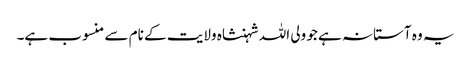
یہ وہ آستانہ ہے جو ولی اللہ شہنشاہ ولایت کے نام سے منسوب ہے۔